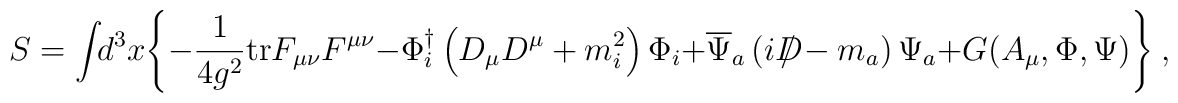
S = \int \!\! d^{3}x \Biggl\{       -\frac{1}{4g^2} {\rm tr}F_{\mu\nu}F^{\mu\nu}      - \Phi_i^{\dag} \left( D_\mu D^\mu + m^2_i \right) \Phi_i      + \overline{\Psi}_a\left( iD\!\!\!\! / - m_a \right)\Psi_a      + G(A_\mu,\Phi,\Psi) \Biggr\}\ ,